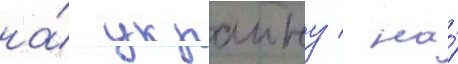
на́ украину / на́